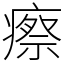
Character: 瘵